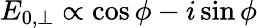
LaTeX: E_{0,\perp}\propto\cos\phi-i\sin\phi